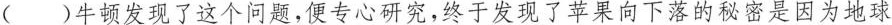
（ ）牛顿发现了这个问题，便专心研究，终于发现了苹果向下落的秘密是因为地球